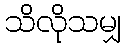
သိလိုသမျှ